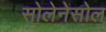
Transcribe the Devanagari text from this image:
सोलेनेसोल